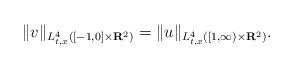
LaTeX: \begin{align*}\| v \|_{L_{t,x}^{4}([-1, 0] \times \mathbf{R}^{2})} = \| u \|_{L_{t,x}^{4}([1, \infty) \times \mathbf{R}^{2})}.\end{align*}